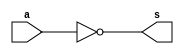
//-------------------------------------
//Extra0011 - Complemento de 1 com 1 byte
//Nome: Mateus Guilherme do Carmo Cruz
//Matrcula: 427446
//-------------------------------------

//--------------
//-- complement
//--------------

module complement(output[7:0]s, input[7:0]a);
	assign s = ~a;
endmodule //complement

module test_complement;
	//--------------definir dados
	reg[7:0]a;
	wire[7:0]b;
	
	//instancia
	complement comp1(b,a);	


	//parte principal
	initial begin
		a = 8'b00000000;
		$display("Extra0011 - Mateus Guilherme do Carmo Cruz - 427446");
		$display("Complemento de 1 - 1 byte");
		$display("\nb = ~a\n");
		$monitor("%8b = %8b",b,a);
		#1 a = 1;
		#1 a = 2;
		#1 a = 3;
		#1 a = 4;
		#1 a = 5;
		#1 a = 6;
		#1 a = 7;
		#1 a = 8;
		#1 a = 9;
		#1 a = 10;
		#1 a = 255;
	end
endmodule //test_complement